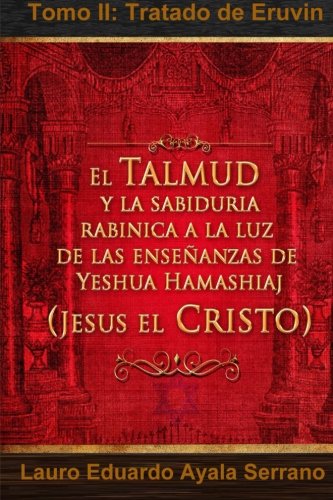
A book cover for El Talmud y la SabidurÃ­a RabÃ­nica a la luz de las EnseÃ±anzas de Yeshua Hamashiaj, JesÃºs el Cristo: Tomo II: Tratado de Eruvin (Spanish Edition); Dr Lauro Eduardo Ayala Serrano; Christian Books & Bibles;